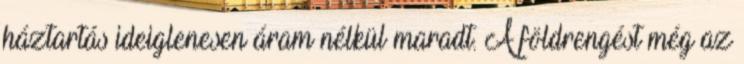
háztartás ideiglenesen áram nélkül maradt. A földrengést még az